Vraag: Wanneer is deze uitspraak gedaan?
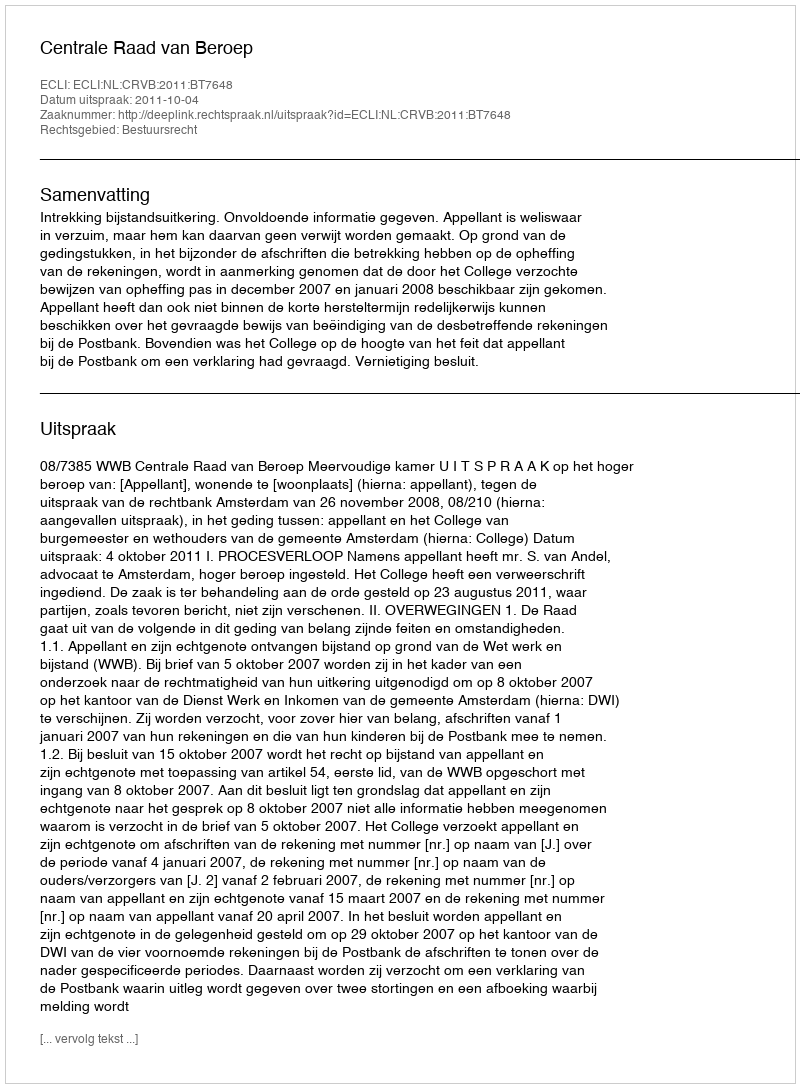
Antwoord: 2011-10-04